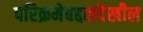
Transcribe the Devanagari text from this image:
परिक्रमेबद्दलदेखील